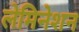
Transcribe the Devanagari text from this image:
लेमिनेशन